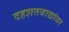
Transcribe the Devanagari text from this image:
दहशतवाद्यांवर